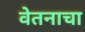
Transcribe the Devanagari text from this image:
वेतनाचा